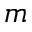
m